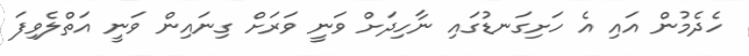
ހެދެމުން އައި އެ ހަށިގަނޑުގައި ނާހިދަށް ވަނީ ވަރަށް ގިނައިން ވަނީ އަތްލެވިފަ